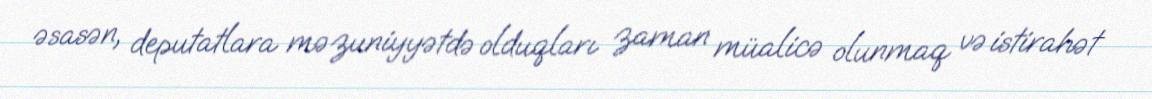
əsasən, deputatlara məzuniyyətdə olduqları zaman müalicə olunmaq və istirahət